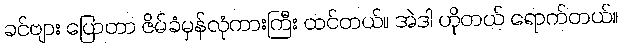
ခင်ဗျား ပြောတာ ဇိမ်ခံမှန်လုံကားကြီး ထင်တယ်။ အဲဒါ ဟိုတယ် ရောက်တယ်။